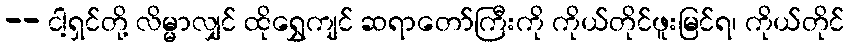
-- ငါ့ရှင်တို့ လိမ္မာလျှင် ထိုရွှေကျင် ဆရာတော်ကြီးကို ကိုယ်တိုင်ဖူးမြင်ရ၊ ကိုယ်တိုင်